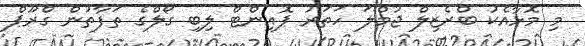
މި މޮޅާއެކު ބްރެޒިލް ޖުމްލަ ހަތަރު ޕޮއިންޓް ލިބި ގޯލްގެ ތަފާތުން ގްރޫޕް